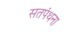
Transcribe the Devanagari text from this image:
सतपंथना